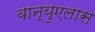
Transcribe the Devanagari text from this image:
बान्युएलास